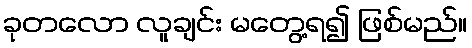
ခုတလော လူချင်း မတွေ့ရ၍ ဖြစ်မည်။